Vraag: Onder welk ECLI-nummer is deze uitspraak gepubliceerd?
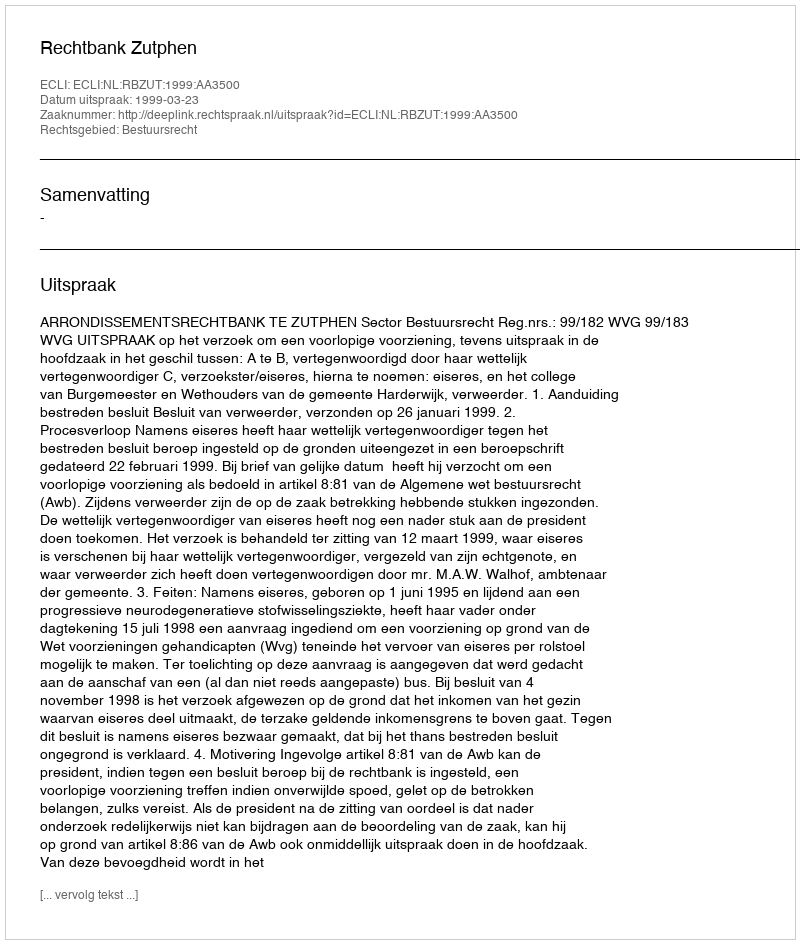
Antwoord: ECLI:NL:RBZUT:1999:AA3500